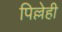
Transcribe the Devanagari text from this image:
पिल्लेही